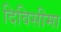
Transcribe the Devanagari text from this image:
दिविसीमा